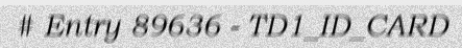
# Entry 89636 - TD1_ID_CARD